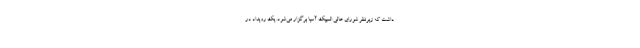
داشت که زیرنظر شورای عالی المپیک آسیا برگزار می‌شود. یک رویداد در